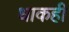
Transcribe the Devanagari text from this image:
धाकही